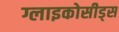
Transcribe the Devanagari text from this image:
ग्लाइकोसीड्स